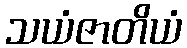
သယံဇာတိယံ